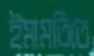
ইমামতিতে